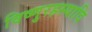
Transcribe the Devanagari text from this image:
विष्णुरहस्यादि